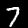
Label: 7